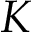
K